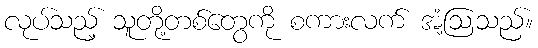
လုပ်သည့် သူတို့တစ်တွေကို စကားလက် အံ့ဩသည်။